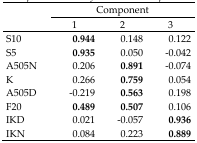
| <ROWSPAN=2>  | <COLSPAN=3> Component |
 | 1 | 2 | 3 |
 | --- | --- | --- | --- |
 | S10 | 0.944 | 0.148 | 0122 |
 | S5 | 0.935 | 0.050 | −0.042 |
 | A505N | 0.206 | 0.891 | −0.074 |
 | K | 0.266 | 0.759 | 0.054 |
 | A505D | −0.219 | 0.563 | 0.198 |
 | F20 | 0.489 | 0.507 | 0.106 |
 | IKD | 0.021 | −0.057 | 0.936 |
 | IKN | 0.084 | 0.223 | 0.889 |